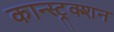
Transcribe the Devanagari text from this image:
कान्स्ट्रक्शन